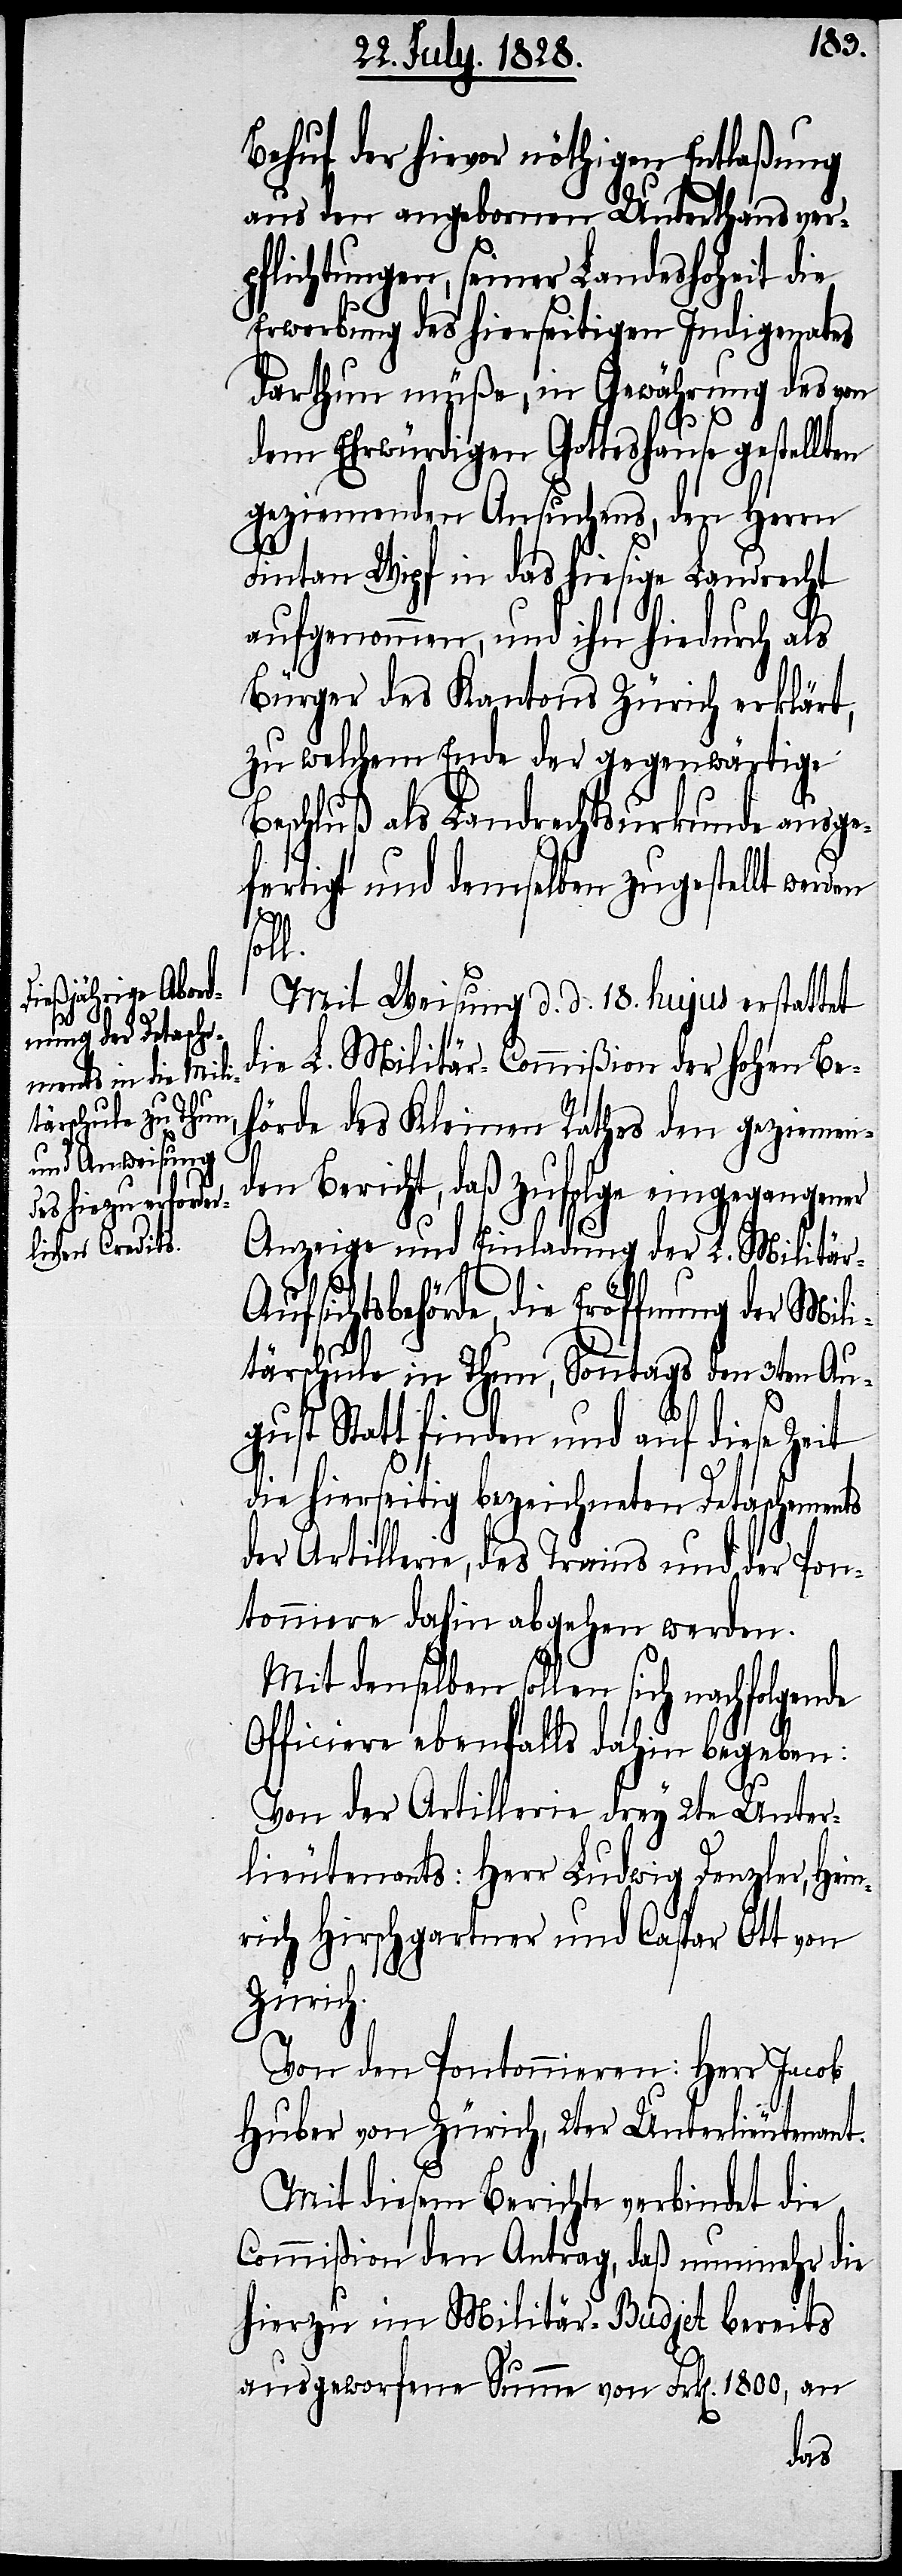
Behuf der hievor nöthigen Entlaßung
aus den angebornen Unterthansver¬
pflichtungen, seiner Landeshoheit die
Erwerbung des hierseitigen Indigenates
darthun müße, in Gewährung des von
ufs¬
dem Ehrwürdigen Gotteshause gestellten
geziemenden Ansuchens, den Herrn
Fintan Wipf in das hiesige Landrecht
aufgenommen, und ihn hiedurch als
Bürger des Kantons Zürich erklärt,
zu welchem Ende der gegenwärtige
Beschluß als Landrechtsurkunde ausge¬
fertigt und demselben zugestellt werden
l.
Mit Weisung d. d. 18. hujus erstattet
die L. Militär-Commißion der hohen Be¬
hörde des Kleinen Rathes den geziemen¬
den Bericht, daß zufolge eingegangener
Anzeige und Einladung der L. Militär-A¬
ichtsbehörde, die Eröffnung der Mili¬
tärschule in Thun, Sonntags den 3ten Au¬
gust Statt finden und auf diese Zeit
die hierseitig bezeichneten Detachements
der Artillerie, des Trains und der Pon¬
tonniere dahin abgehen werden.
Mit denselben sollen sich nachfolgende
Officiere ebenfalls dahin begeben:
Von Artillerie drey 2te Unter¬
lieutenants: Herr Ludwig Denzler, Hein¬
rich Hirschgartner und Caspar Ott von
Zürich.
Von den Pontonnieren: Herr Jacob
Huber von Zürich, 2ter Unterlieutenant.
Mit diesem Berichte verbindet die
Commißion den Antrag, daß nunmehr die
hierzu im Militär-Budjet bereits
aufgeworfene Summe von Frk[en]. 1800, an